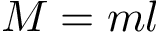
M = m l